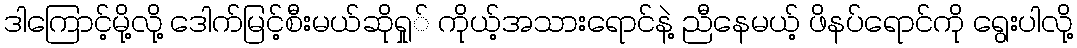
ဒါကြောင့်မို့လို့ ဒေါက်မြင့်စီးမယ်ဆိုရှု် ကိုယ့်အသားရောင်နဲ့ ညီနေမယ့် ဖိနပ်ရောင်ကို ရွေးပါလို့